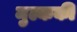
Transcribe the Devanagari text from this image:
मुल्ककी